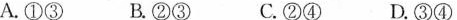
A.①③ B.②③ C.②④ D.③④